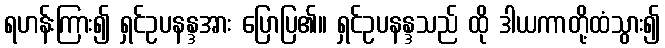
ရဟန်းကြား၍ ရှင်ဥပနန္ဒအား ပြောပြ၏။ ရှင်ဥပနန္ဒသည် ထို ဒါယကာတို့ထံသွား၍